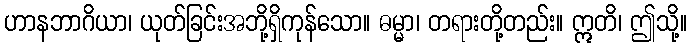
ဟာနဘာဂိယာ၊ ယုတ်ခြင်းအဘို့ရှိကုန်သော။ ဓမ္မာ၊ တရားတို့တည်း။ ဣတိ၊ ဤသို့။